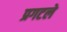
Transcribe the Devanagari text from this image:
प्रगटले